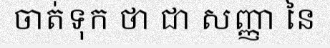
ចាត់ទុក ថា ជា សញ្ញា នៃ